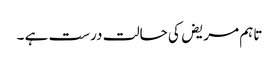
تاہم مریض کی حالت درست ہے ۔